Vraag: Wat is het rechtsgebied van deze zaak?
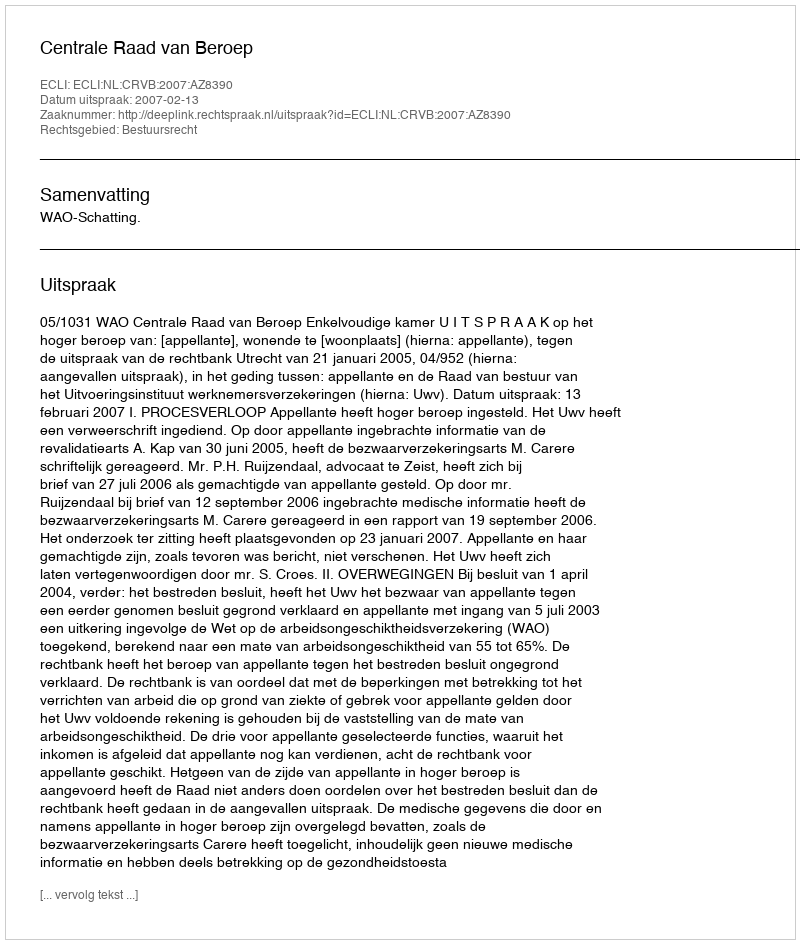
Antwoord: Bestuursrecht